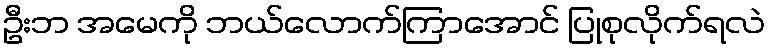
ဦးဘ အမေကို ဘယ်လောက်ကြာအောင် ပြုစုလိုက်ရလဲ